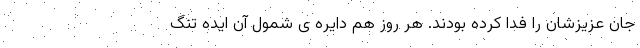
جان عزیزشان را فدا کرده بودند. هر روز هم دایره ی شمول آن ایده تنگ